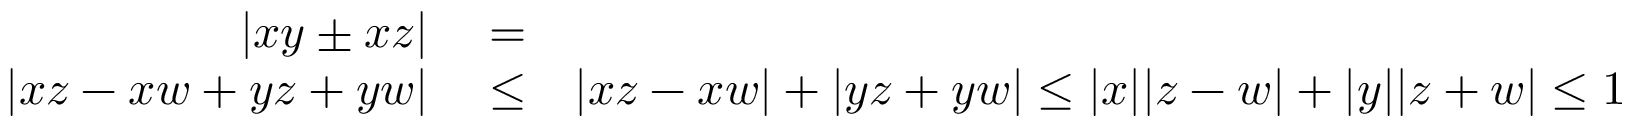
\begin{array} { r l r } { | x y \pm x z | } & { { } = } & { | x | | y \pm z | \le 1 \pm y z \; , } \\ { | x z - x w + y z + y w | } & { { } \le } & { | x z - x w | + | y z + y w | \le | x | | z - w | + | y | | z + w | \le 1 - z w + 1 + z w = 2 \; . } \end{array}